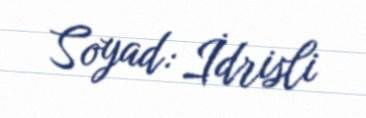
Soyad: İdrisli